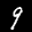
Label: 9